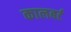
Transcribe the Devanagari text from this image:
कालबर्ट